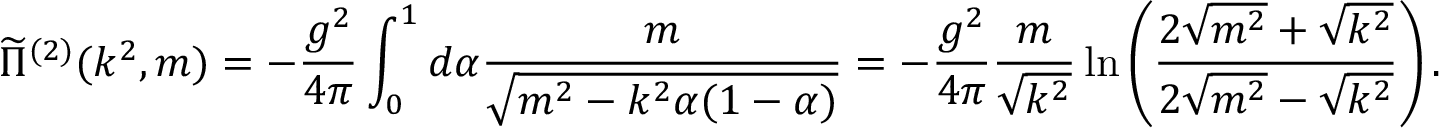
\widetilde { \Pi } ^ { ( 2 ) } ( k ^ { 2 } , m ) = - \frac { g ^ { 2 } } { 4 \pi } \int _ { 0 } ^ { 1 } d \alpha \frac { m } { \sqrt { m ^ { 2 } - k ^ { 2 } \alpha ( 1 - \alpha ) } } = - \frac { g ^ { 2 } } { 4 \pi } \frac { m } { \sqrt { k ^ { 2 } } } \ln { \left( \frac { 2 \sqrt { m ^ { 2 } } + \sqrt { k ^ { 2 } } } { 2 \sqrt { m ^ { 2 } } - \sqrt { k ^ { 2 } } } \right) } \, .